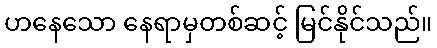
ဟနေသော နေရာမှတစ်ဆင့် မြင်နိုင်သည်။